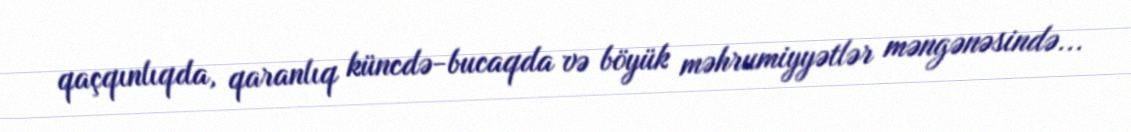
qaçqınlıqda, qaranlıq küncdə-bucaqda və böyük məhrumiyyətlər məngənəsində...